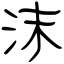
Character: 沫